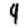
Digit: 9